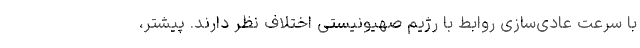
با سرعت عادی‌سازی روابط با رژیم صهیونیستی اختلاف نظر دارند. پیشتر،